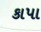
કાપા